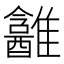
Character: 𱁎